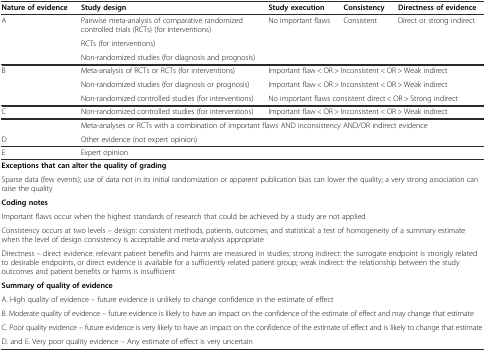
<table><thead><tr><td><b>Nature of evidence</b></td><td><b>Study design</b></td><td><b>Study execution</b></td><td><b>Consistency</b></td><td><b>Directness of evidence</b></td></tr></thead><tbody><tr><td rowspan="3">A</td><td>Pairwise meta-analysis of comparative randomized controlled trials (RCTs) (for interventions)</td><td rowspan="3">No important flaws</td><td rowspan="3">Consistent</td><td rowspan="3">Direct or strong indirect</td></tr><tr><td>RCTs (for interventions)</td></tr><tr><td>Non-randomized studies (for diagnosis and prognosis)</td></tr><tr><td rowspan="3">B</td><td>Meta-analysis of RCTs or RCTs (for interventions)</td><td colspan="3">Important flaw &lt; OR &gt; Inconsistent &lt; OR &gt; Weak indirect</td></tr><tr><td>Non-randomized studies (for diagnosis or prognosis)</td><td colspan="3">Important flaw &lt; OR &gt; Inconsistent &lt; OR &gt; Weak indirect</td></tr><tr><td>Non-randomized controlled studies (for interventions)</td><td colspan="3">No important flaws consistent direct &lt; OR &gt; Strong indirect</td></tr><tr><td>C</td><td>Non-randomized controlled studies (for interventions)</td><td colspan="3">Important flaw &lt; OR &gt; Inconsistent &lt; OR &gt; Weak indirect</td></tr><tr><td></td><td colspan="4">Meta-analyses or RCTs with a combination of important flaws AND inconsistency AND/OR indirect evidence</td></tr><tr><td>D</td><td colspan="4">Other evidence (not expert opinion)</td></tr><tr><td>E</td><td colspan="4">Expert opinion</td></tr><tr><td colspan="5"><b>Exceptions that can alter the quality of grading</b></td></tr><tr><td colspan="5">Sparse data (few events); use of data not in its initial randomization or apparent publication bias can lower the quality; a very strong association can raise the quality</td></tr><tr><td colspan="5"><b>Coding notes</b></td></tr><tr><td colspan="5">Important flaws occur when the highest standards of research that could be achieved by a study are not applied</td></tr><tr><td colspan="5">Consistency occurs at two levels – design: consistent methods, patients, outcomes; and statistical: a test of homogeneity of a summary estimate when the level of design consistency is acceptable and meta-analysis appropriate</td></tr><tr><td colspan="5">Directness – direct evidence: relevant patient benefits and harms are measured in studies; strong indirect: the surrogate endpoint is strongly related to desirable endpoints, or direct evidence is available for a sufficiently related patient group; weak indirect: the relationship between the study outcomes and patient benefits or harms is insufficient</td></tr><tr><td colspan="5"><b>Summary of quality of evidence</b></td></tr><tr><td colspan="5">A. High quality of evidence – future evidence is unlikely to change confidence in the estimate of effect</td></tr><tr><td colspan="5">B. Moderate quality of evidence – future evidence is likely to have an impact on the confidence of the estimate of effect and may change that estimate</td></tr><tr><td colspan="5">C. Poor quality evidence – future evidence is very likely to have an impact on the confidence of the estimate of effect and is likely to change that estimate</td></tr><tr><td colspan="5">D. and E. Very poor quality evidence – Any estimate of effect is very uncertain</td></tr></tbody></table>